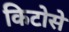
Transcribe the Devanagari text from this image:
किटोसे